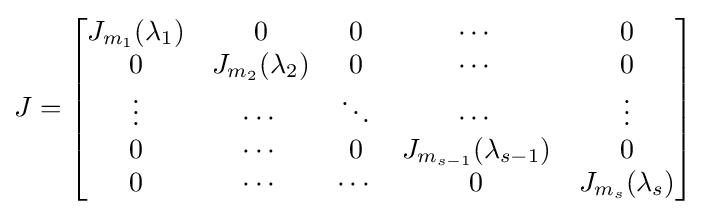
J={\begin{bmatrix}J_{m_{1}}(\lambda _{1})&0&0&\cdots &0\\0&J_{m_{2}}(\lambda _{2})&0&\cdots &0\\\vdots &\cdots &\ddots &\cdots &\vdots \\0&\cdots &0&J_{m_{s-1}}(\lambda _{s-1})&0\\0&\cdots &\cdots &0&J_{m_{s}}(\lambda _{s})\end{bmatrix}}